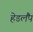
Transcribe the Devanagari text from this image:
हेडलैंप